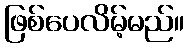
ဖြစ်ပေလိမ့်မည်။